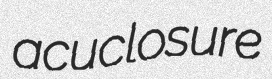
acuclosure